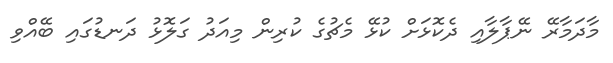
މާދަމާރޭ ނޭޕާލާއި ދެކޮޅަށް ކުޅޭ މެޗުގެ ކުރިން މިއަދު ގަލޮޅު ދަނޑުގައި ބޭއްވި